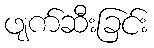
ဖျက်ဆီးခြင်း